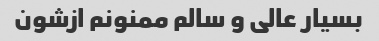
بسیار عالی و سالم ممنونم ازشون